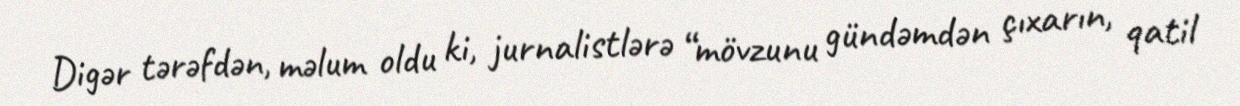
Digər tərəfdən, məlum oldu ki, jurnalistlərə “mövzunu gündəmdən çıxarın, qatil